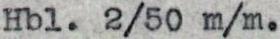
Hbl. 2/50 m/m.